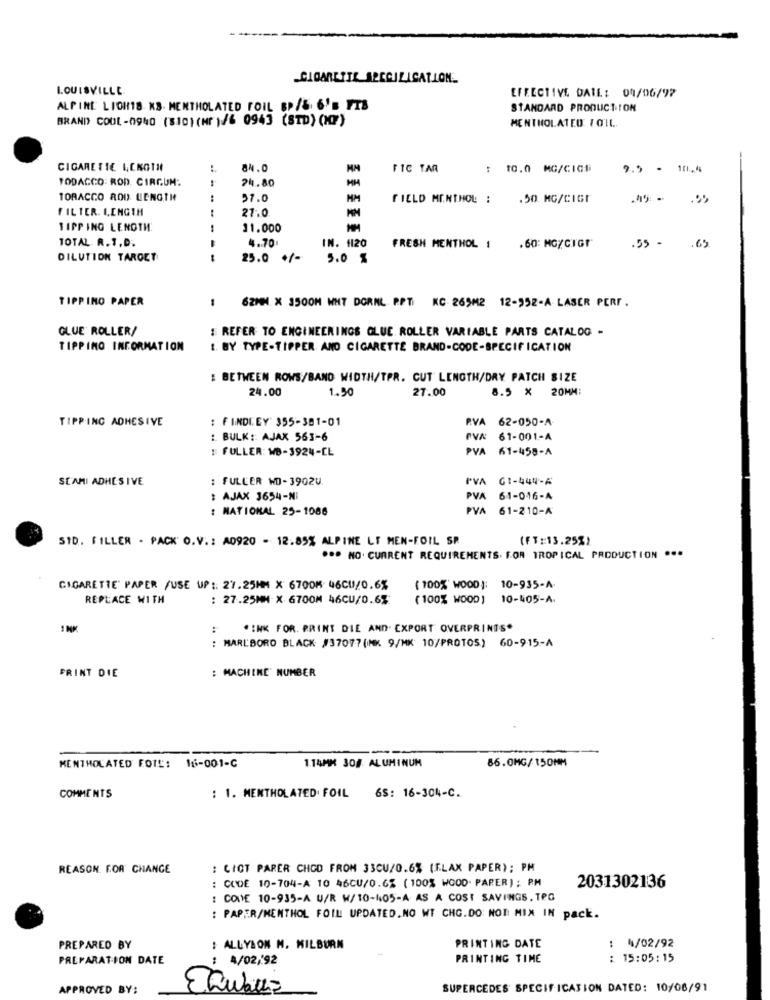
LOUISVILLE
EFFECTIVE DATE: 04/06/97
ALPINE LICH18 KB. MENTHOLATED FOIL BP/&. 6'B FTB
STANDARD PRODUCTION
BRAND COOL-0940 (810) (Mr )/6 0943 (STD) (MF)
MENTHOLATED FOIL ..
CIGARETTE LENGTH
FIC TAR
10.0 MG/CICE
9.5 - 104
TODACCO: ROD. CIRCUM:
24.80
TORACCO ROD LENGTH
:
57.0
MM
FIELD MENTHOL :
.50 MG/cIGr
.95
FILTER. I.ENGTH
27.0
TIPP ING LENGTH
11.000
TOTAL. R.T.D.
4.70
IN. 1120
FRESH MENTHOL 1
.60: MG/CIGT
.55 -
.65
DILUTION TAROET
25.0 +/-
5.0 %
TIPPINO PAPER
62MM X 3500M WHT DORNL PPTI KC 265M2 12-952-A- LASER PERF .
GLUE ROLLER/
: REFER TO ENGINEERINGS GLUE ROLLER VARIABLE PARTS CATALOG -
TIPPING INFORMATION
1. BY TYPE-TIPPER. AND CIGARETTE BRAND-CODE-SPECIFICATION
: BETWEEN ROWS/BAND WIDTH/TPR. CUT LENGTH/DRY PATCH SIZE
24.00
1.50
27.00
8.5 × 20MM:
TIPPING ADHESIVE
: FINDLEY 355-381-01
RVA 62-050-A
: BULK: AJAX 563-6
PVX 61-001-A
FULLER: WB-3924-CL
PVA 61-458-A
SEAMI ADHESIVE
: FULLER WD-3902U.
A GI-444-A
: AJAX 3654-NI
PVA 61-016-A
: NATIONAL 25-1086
PVA 61-210-A
STD. FILLER - PACK O.V .: A0920 - 12.85% ALPINE LT MEN-FOIL SR
(FT:13.25%)
*** NO· CURRENT REQUIREMENTS. FOR TROPICAL PRODUCTION ...
CIGARETTE" PAPER /USE UP: 27.25MM X 6700K 46CU/0.6%
( 100%' WOOD): 10-935-A-
REPLACE WITH
: 27.25MM X 6700M 46CU/0.6%
( 100% WOOD )
10-405-A.
1 NK
:
"INK FOR. PRINT DIE AND. EXPORT OVERPRINTS*
: MARLBORO BLACK #37077(MK 9/MK 10/PROTOS) 60-915-A
PRINT DIE
: MACHINE' NUMBER
1.14MM 308 ALUMINUM
86.0MG/150MM
MENTHOLATED FOIL: 16-001-C
COMMENTS
: 1. MENTHOLATED FOIL
6S: 16-304-C.
REASON FOR CHANGE
: CICT PARER CHOD FROM 33CU/0.6% (FLAX PAPER); PM
: CODE 10-704-A 10 46CU/0.6% ( 100% WG00. PAPER); RM
2031302136
: COVE 10-935-A U/R W/10-405-A AS A COST SAVINGS. TPG
: PAPER/MENTHOL FOIL UPDATED.NO WT CHG.DO NOT MIX IN pack.
PREPARED BY
: ALLYSON M. KILBURN
PRINTING DATE
4/02/92
PREPARATION DATE
: 4/02/92
PRINTING TIME
: 15:05:15
APPROVED BY:
SUPERCEDES' SPECIFICATION DATED: 10/06/91